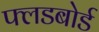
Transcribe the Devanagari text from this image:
फ्लडबोर्ड